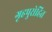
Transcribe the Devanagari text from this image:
गृहपुरोहित